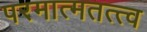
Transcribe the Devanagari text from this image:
परमात्मतत्त्व